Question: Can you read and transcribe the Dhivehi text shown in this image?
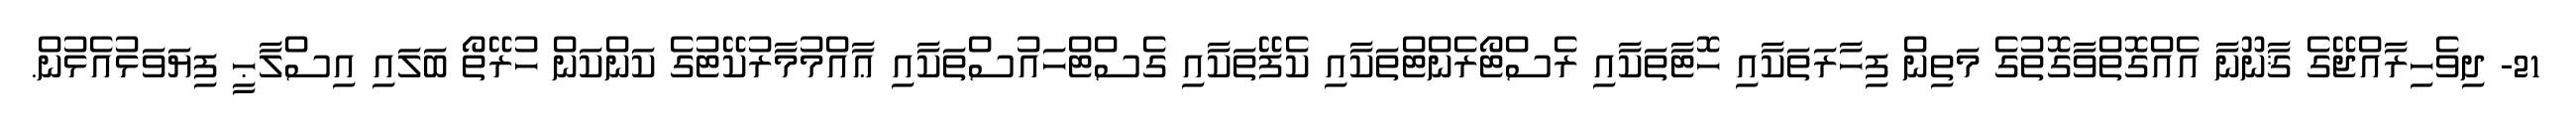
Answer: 21- ދިވެހިރާއްޖޭގެ ޤާނޫނާ އެއްގޮތްވާގޮތުގެ މަތިން ފިހާރަތަކާއި ހޮޓާތަކާއި ރެސްޓޯރެންޓްތަކާއި ކެފޭތަކާއި ގެސްޓްހައުސްތަކާއި ޢާއްމުމާރުކޭޓުގެ ކަންކަން ހުރޭތޯ ބަލައި އިސްލާޙީ ފިޔަވަޅުއެޅުން.